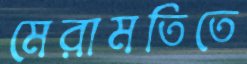
মেরামতিতে